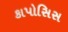
કાપોસિસ